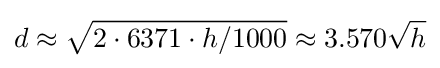
d\approx {\sqrt {2\cdot 6371\cdot {h/1000}}}\approx 3.570{\sqrt {h}}